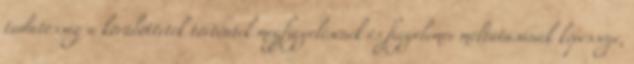
tudatosság a körülöttetek történtek megfigyelésének és figyelemre méltatásának képessége,